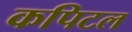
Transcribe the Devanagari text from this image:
कपिटल